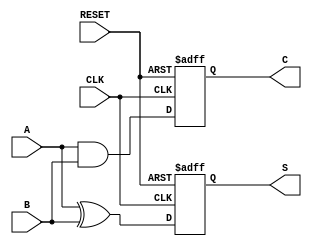
module sequential_half_adder (
    input wire A,         // Input bit A
    input wire B,         // Input bit B
    input wire CLK,       // Clock signal
    input wire RESET,     // Reset signal to initialize the registers
    output reg S,         // Sum output
    output reg C          // Carry output
);

// Internal registers to hold the sum and carry
reg sum_reg;
reg carry_reg;

// Always block triggered on the rising edge of the clock or reset
always @(posedge CLK or posedge RESET) begin
    if (RESET) begin
        // Initialize registers to 0 on reset
        sum_reg <= 1'b0;
        carry_reg <= 1'b0;
    end else begin
        // Compute new sum and carry
        sum_reg <= A ^ B;     // Sum: A XOR B
        carry_reg <= A & B;   // Carry: A AND B
    end
end

// Assign the outputs to the registers
always @(*) begin
    S = sum_reg;            // Assign current sum to output S
    C = carry_reg;          // Assign current carry to output C
end

endmodule